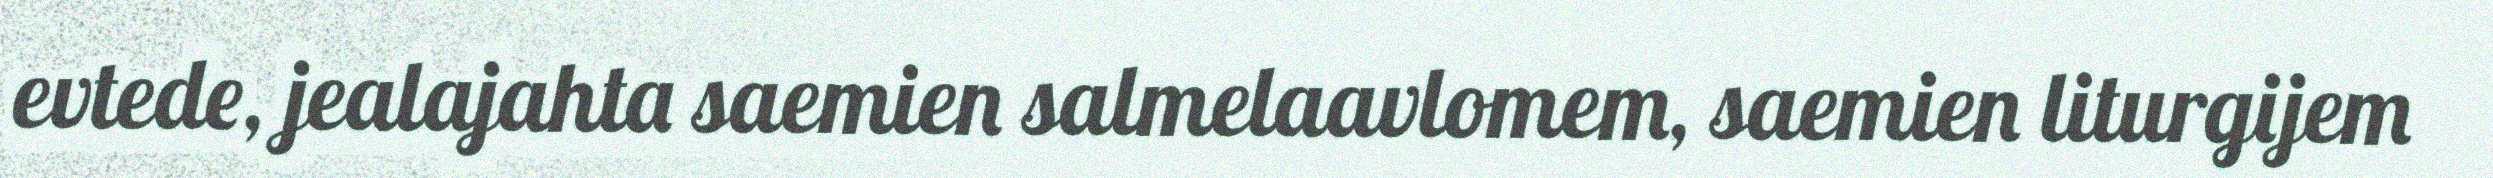
evtede, jealajahta saemien salmelaavlomem, saemien liturgijem